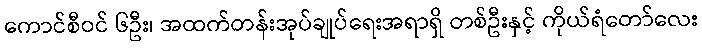
ကောင်စီဝင် ၆ဦး၊ အထက်တန်းအုပ်ချုပ်ရေးအရာရှိ တစ်ဦးနှင့် ကိုယ်ရံတော်လေး